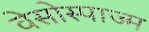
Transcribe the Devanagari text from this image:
वेसोस्पाज्म